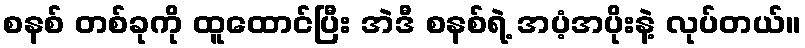
စနစ် တစ်ခုကို ထူထောင်ပြီး အဲဒီ စနစ်ရဲ့ အပံ့အပိုးနဲ့ လုပ်တယ်။